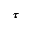
\pmb { \tau }